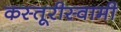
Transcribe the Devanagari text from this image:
कस्तूरीस्वामी